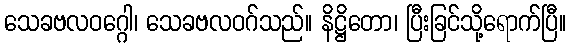
သေခဗလဝဂ္ဂေါ၊ သေခဗလဝဂ်သည်။ နိဋ္ဌိတော၊ ပြီးခြင်သို့ရောက်ပြီ။